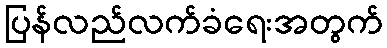
ပြန်လည်လက်ခံရေးအတွက်